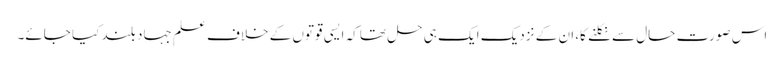
اس صورتِ حال سے نکلنے کا، ان کے نزدیک ایک ہی حل تھا کہ ایسی قوتوں کے خلاف علمِ جہاد بلند کیا جائے۔